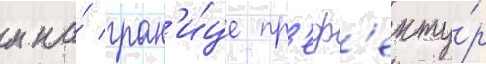
м на́ гран'и́це пр'еф'екту́р